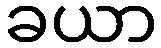
ခယာ